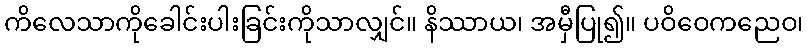
ကိလေသာကိုခေါင်းပါးခြင်းကိုသာလျှင်။ နိဿာယ၊ အမှီပြု၍။ ပဝိဝေကညေဝ၊